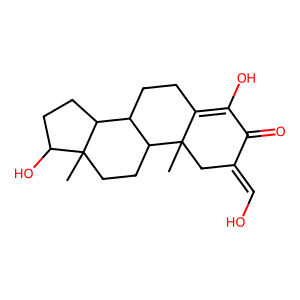
SMILES: CC12CC(=CO)C(=O)C(O)=C1CCC1C2CCC2(C)C(O)CCC12
Inhibits HIV replication: No